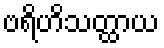
ဗရိဟိသတ္ထာယ